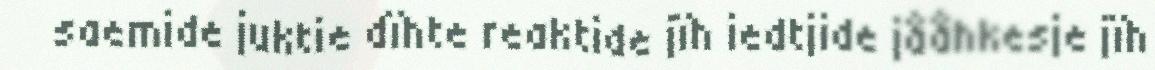
saemide juktie dïhte reaktide jïh iedtjide jååhkesje jïh